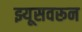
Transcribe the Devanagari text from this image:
झ्यूसवरून